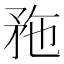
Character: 𥍢